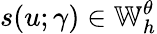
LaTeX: s(u;\gamma)\in\mathbb{W}_{h}^{\theta}